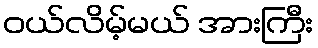
ဝယ်လိမ့်မယ် အားကြီး